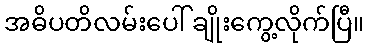
အဓိပတိလမ်းပေါ် ချိုးကွေ့လိုက်ပြီ။